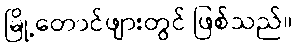
မြို့တောင်ဖျားတွင် ဖြစ်သည်။